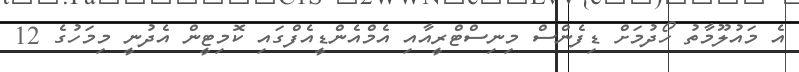
އެ މައުލޫމާތު ހޯދުމަށް ޑިފެންސް މިނިސްޓްރީއާއި އެމްއެންޑީއެފްގައި ކޮމިޓީން އެދުނީ މިމަހުގެ 12